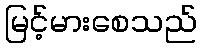
မြင့်မားစေသည်